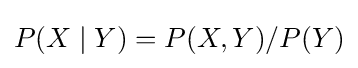
P(X\mid Y)=P(X,Y)/P(Y)